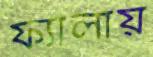
ফ্যালায়